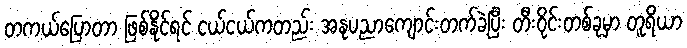
တကယ်ပြောတာ ဖြစ်နိုင်ရင် ငယ်ငယ်ကတည်း အနုပညာကျောင်းတက်ခဲ့ပြီး တီးဝိုင်းတစ်ခုမှာ တူရိယာ